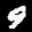
Label: 9